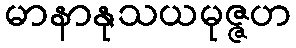
မာနာနုသယမုဇ္ဇဟ